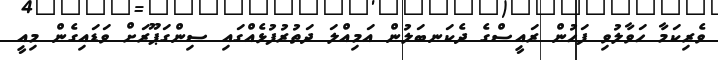
ވެރިކަމާ ހަވާލުވި ފަހުން ރައީސްގެ ދެކަނބަލުން އަމިއްލަ ދަތުރުފުޅެއްގައި ސިންގަޕޫރަށް ވަޑައިގެން މިއީ